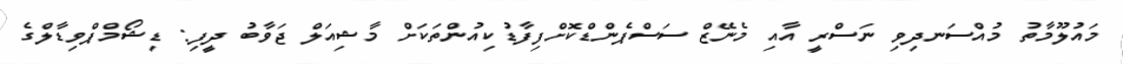
މައުލޫމާތު މުއްސަނދިވި ނަސްރީ އާއި މެނޭޒް ސަސްޕެންޑްކޮށްފިފާޑުކިއުންތަކަށް މާޝިއަލް ޖަވާބު ދީފި: ޑިޝޯމްޕްވިޑާލްގެ